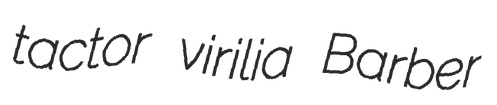
tactor virilia Barber